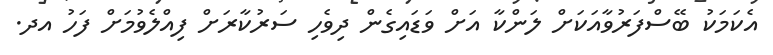
އެކަމަކު ބޭސްފަރުވާއަކަށް ލަންކާ އަށް ވަޑައިގެން ދިވެހި ސަރުކާރަށް ފިއްލެވުމަށް ފަހު އދ.